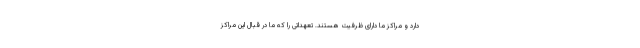
دارد و مراکز ما دارای ظرفیت هستند. تعهداتی را که ما در قبال این مراکز